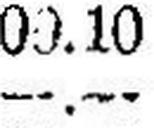
—.—